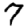
Digit: 7